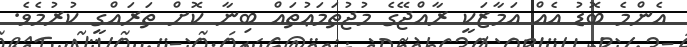
އެންމެ ބޮޑު އެއް އަމާޒަކީ ރާއްޖޭގެ މުޖުތަމަޢުތައް ބިނާ ކޮށް ތަރައްގީ ކުރުމެވެ.